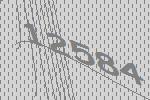
12584